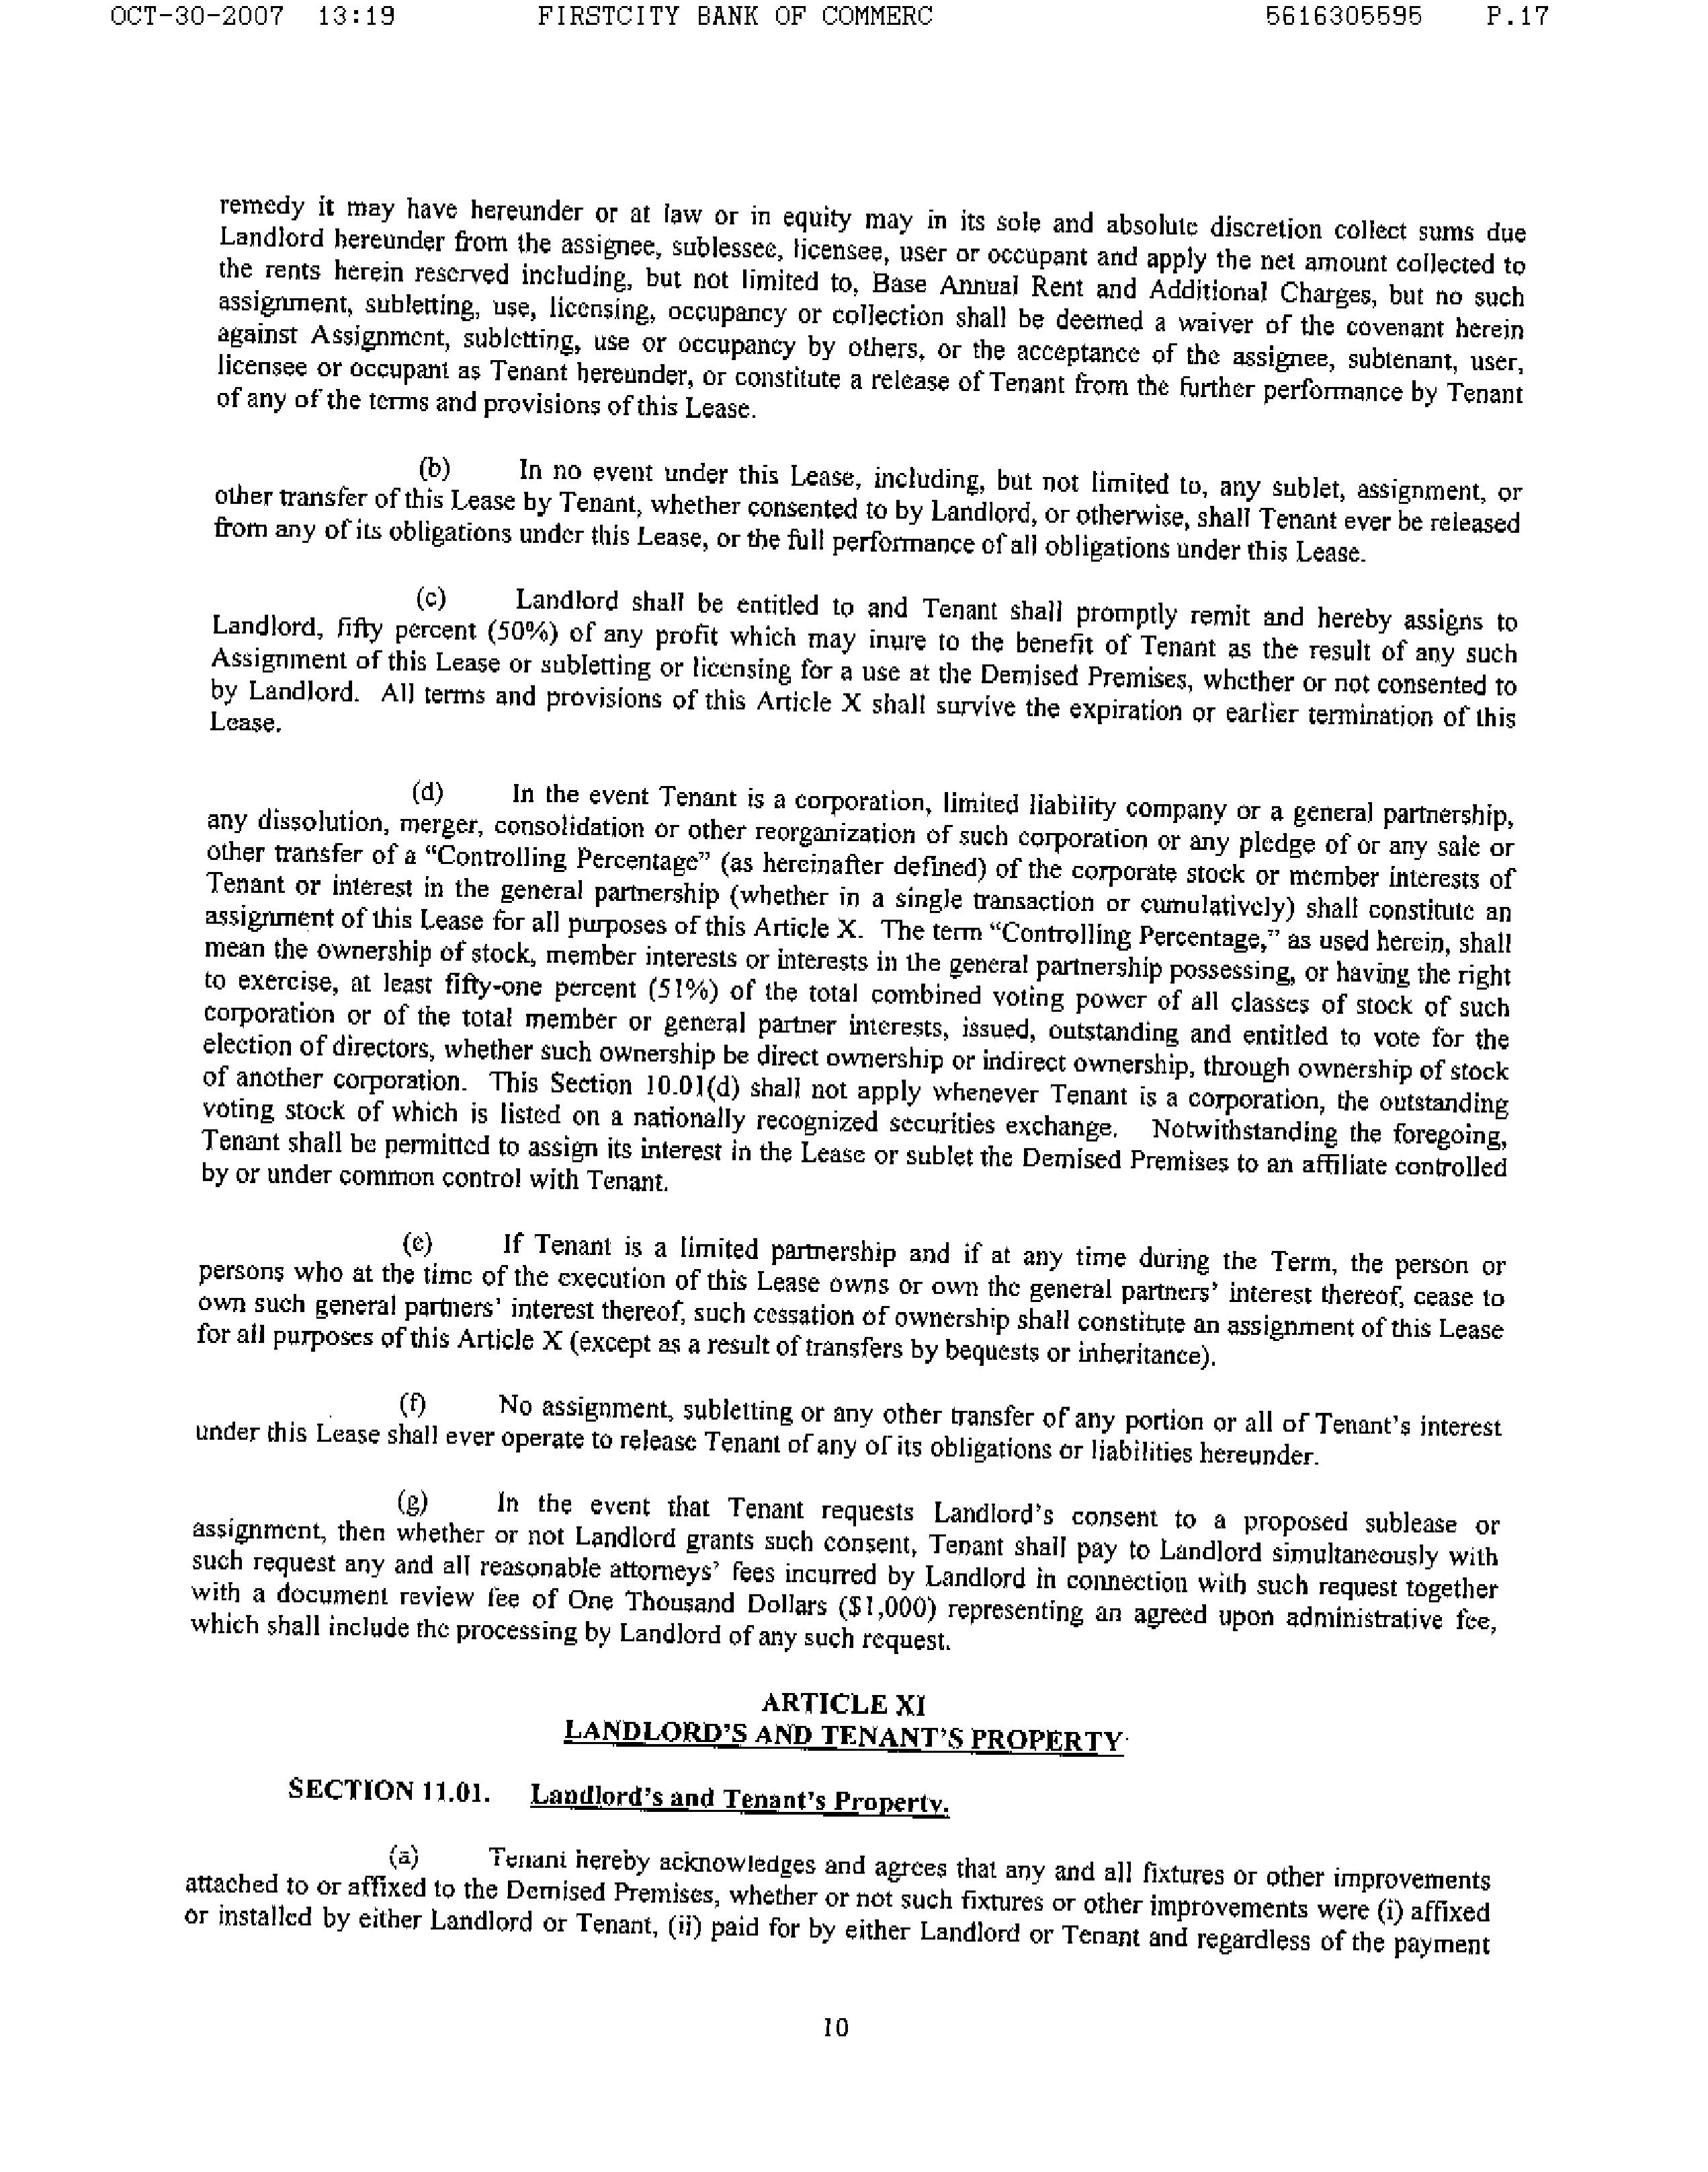
OCT-30-2007   13:19        FIRSTCITY BANK OF COMMERC                      5616305595      P.17

remedy it may have hereunder or at law or in equity may in its sole and absolute discretion collect sums due
Landlord hereunder from the assignee, sublessee, licensee, user or occupant and apply the net amount collected to
the rents herein reserved including, but not limited to, Base Annual Rent and Additional Charges, but no such
assignment, subletting, use, licensing, occupancy or collection shall be deemed a waiver of the covenant herein
against Assignment, subletting, use or occupancy by others, or the acceptance of the assignee, subtenant, user,
licensee or occupant as Tenant hereunder, or constitute a release of Tenant from the further performance by Tenant
of any of the terms and provisions of this Lease.

                    (b)      In no event under this Lease, including, but not limited to, any sublet, assignment, or
other transfer of this Lease by Tenant, whether consented to by Landlord, or otherwise, shall Tenant ever be released
from any of its obligations under this Lease, or the full performance of all obligations under this Lease.

                    (c)      Landlord shall be entitled to and Tenant shall promptly remit and hereby assigns to
Landlord, fifty percent (50%) of any profit which may inure to the benefit of Tenant as the result of any such
Assignment of this Lease or subletting or licensing for a use at the Demised Premises, whether or not consented to
by Landlord. All terms and provisions of this Article X shall survive the expiration or earlier termination of this
Lease.

                    (d)      In the event Tenant is a corporation, limited liability company or a general partnership,
any dissolution, merger, consolidation or other reorganization of such corporation or any pledge of or any sale or
other transfer of a "Controlling Percentage" (as hereinafter defined) of the corporate stock or member interests of
Tenant or interest in the general partnership (whether in a single transaction or cumulatively) shall constitute an
assignment of this Lease for all purposes of this Article X. The term "Controlling Percentage," as used herein, shall
mean the ownership of stock, member interests or interests in the general partnership possessing, or having the right
to exercise, at least fifty-one percent (51%) of the total combined voting power of all classes of stock of such
corporation or of the total member or general partner interests, issued, outstanding and entitled to vote for the
election of directors, whether such ownership be direct ownership or indirect ownership, through ownership of stock
of another corporation. This Section 10.01(d) shall not apply whenever Tenant is a corporation, the outstanding
voting stock of which is listed on a nationally recognized securities exchange.    Notwithstanding the foregoing,
Tenant shall be permitted to assign its interest in the Lease or sublet the Demised Premises to an affiliate controlled
by or under common control with Tenant.

                    (e)      If Tenant is a limited partnership and if at any time during the Term, the person or
persons who at the time of the execution of this Lease owns or own the general partners' interest thereof, cease to
own such general partners' interest thereof, such cessation of ownership shall constitute an assignment of this Lease
for all purposes of this Article X (except as a result of transfers by bequests or inheritance).

                    (f)      No assignment, subletting or any other transfer of any portion or all of Tenant's interest
under this Lease shall ever operate to release Tenant of any of its obligations or liabilities hereunder.

                    (g)      In the event that Tenant requests Landlord's consent to a proposed sublease or
assignment, then whether or not Landlord grants such consent, Tenant shall pay to Landlord simultaneously with
such request any and all reasonable attorneys' fees incurred by Landlord in connection with such request together
with a document review fee of One Thousand Dollars ($1,000) representing an agreed upon administrative fee,
which shall include the processing by Landlord of any such request.

                                                  ARTICLE XI
                                   LANDLORD'S AND TENANT'S PROPERTY

                    SECTION 11.01.      Landlord's and Tenant's Property.

                    (a)      Tenant hereby acknowledges and agrees that any and all fixtures or other improvements
attached to or affixed to the Demised Premises, whether or not such fixtures or other improvements were (i) affixed
or installed by either Landlord or Tenant, (ii) paid for by either Landlord or Tenant and regardless of the payment

                                                                                                                                        10